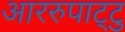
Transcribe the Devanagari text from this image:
आररुपाट्टु